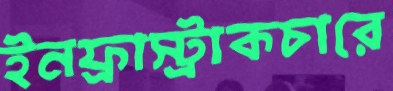
ইনফ্রাস্ট্রাকচারে